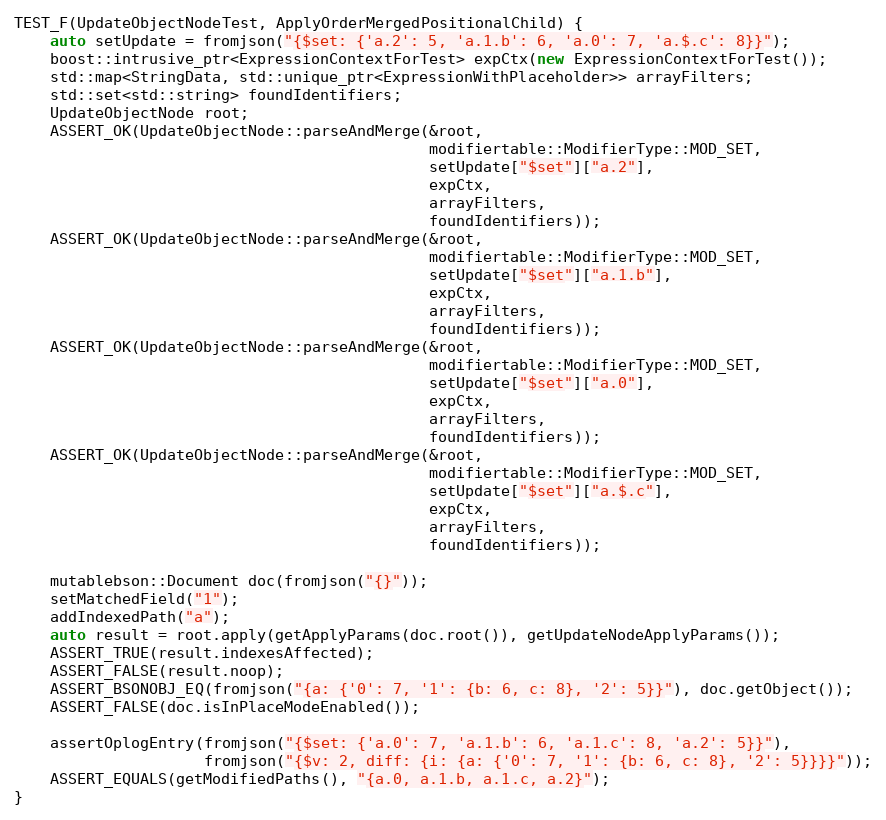
Language: C++
TEST_F(UpdateObjectNodeTest, ApplyOrderMergedPositionalChild) {
    auto setUpdate = fromjson("{$set: {'a.2': 5, 'a.1.b': 6, 'a.0': 7, 'a.$.c': 8}}");
    boost::intrusive_ptr<ExpressionContextForTest> expCtx(new ExpressionContextForTest());
    std::map<StringData, std::unique_ptr<ExpressionWithPlaceholder>> arrayFilters;
    std::set<std::string> foundIdentifiers;
    UpdateObjectNode root;
    ASSERT_OK(UpdateObjectNode::parseAndMerge(&root,
                                              modifiertable::ModifierType::MOD_SET,
                                              setUpdate["$set"]["a.2"],
                                              expCtx,
                                              arrayFilters,
                                              foundIdentifiers));
    ASSERT_OK(UpdateObjectNode::parseAndMerge(&root,
                                              modifiertable::ModifierType::MOD_SET,
                                              setUpdate["$set"]["a.1.b"],
                                              expCtx,
                                              arrayFilters,
                                              foundIdentifiers));
    ASSERT_OK(UpdateObjectNode::parseAndMerge(&root,
                                              modifiertable::ModifierType::MOD_SET,
                                              setUpdate["$set"]["a.0"],
                                              expCtx,
                                              arrayFilters,
                                              foundIdentifiers));
    ASSERT_OK(UpdateObjectNode::parseAndMerge(&root,
                                              modifiertable::ModifierType::MOD_SET,
                                              setUpdate["$set"]["a.$.c"],
                                              expCtx,
                                              arrayFilters,
                                              foundIdentifiers));

    mutablebson::Document doc(fromjson("{}"));
    setMatchedField("1");
    addIndexedPath("a");
    auto result = root.apply(getApplyParams(doc.root()), getUpdateNodeApplyParams());
    ASSERT_TRUE(result.indexesAffected);
    ASSERT_FALSE(result.noop);
    ASSERT_BSONOBJ_EQ(fromjson("{a: {'0': 7, '1': {b: 6, c: 8}, '2': 5}}"), doc.getObject());
    ASSERT_FALSE(doc.isInPlaceModeEnabled());

    assertOplogEntry(fromjson("{$set: {'a.0': 7, 'a.1.b': 6, 'a.1.c': 8, 'a.2': 5}}"),
                     fromjson("{$v: 2, diff: {i: {a: {'0': 7, '1': {b: 6, c: 8}, '2': 5}}}}"));
    ASSERT_EQUALS(getModifiedPaths(), "{a.0, a.1.b, a.1.c, a.2}");
}